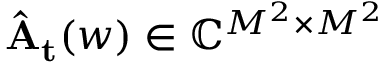
\mathbf { \widehat { A _ { t } } } ( w ) \in \mathbb { C } ^ { M ^ { 2 } \times M ^ { 2 } }